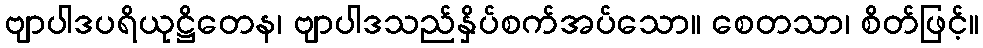
ဗျာပါဒပရိယုဋ္ဌိတေန၊ ဗျာပါဒသည်နှိပ်စက်အပ်သော။ စေတသာ၊ စိတ်ဖြင့်။